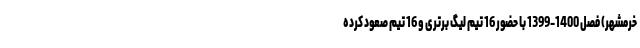
خرمشهر) فصل 1400-1399 با حضور 16 تیم لیگ برتری و 16 تیم صعود کرده